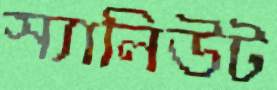
স্যালিউট